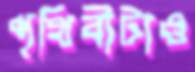
পৃথিবীটাও